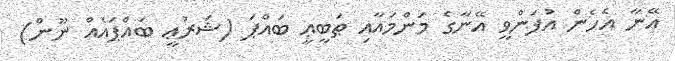
އޭނާ އެހެން އުފަންވީ އޭނާގެ މަންމައާއި ޠަބީޢީ ބައްޕަ (ޝަރުޢީ ބައްޕައެއް ނޫން)